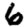
Digit: 6